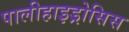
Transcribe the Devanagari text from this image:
पालीहाइड्रोसिस